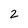
Character: 2